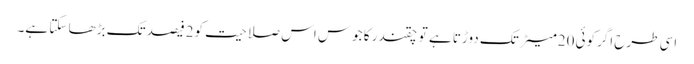
اسی طرح اگرکوئی 20میٹر تک دوڑتا ہے تو چقندر کا جوس اس صلاحیت کو2فیصد تک بڑھا سکتا ہے۔